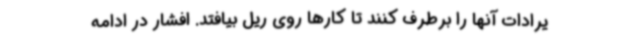
یرادات آنها را برطرف کنند تا کارها روی ریل بیافتد. افشار در ادامه